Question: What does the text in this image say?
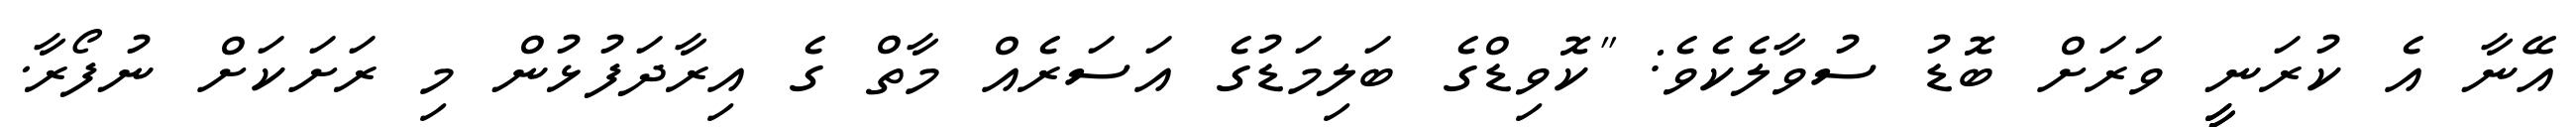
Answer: އޭނާ އެ ކުރަނީީ ވަރަށް ބޮޑު ސުވާލެކެވެ: "ކޮވިޑްގެ ބަލިމަޑުގެ އަސަރެއް މާތް ގެ އިރާދަފުޅުން މި ރަށަކަށް ނުފޯރާ.